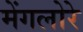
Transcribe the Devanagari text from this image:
मेंगलोरे